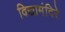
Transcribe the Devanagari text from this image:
विद्यामंदिरे